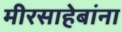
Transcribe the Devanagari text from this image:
मीरसाहेबांना